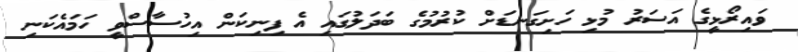
ވައިރޯޅީގެ އަސަރު މުޅި ހަށިގަނޑަށް ކުރުމުގެ ބަދަލުގައި އެ ފިނިކަން އިހުސާސްވީ ހަމައެކަނި